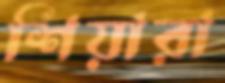
শিয়ারা